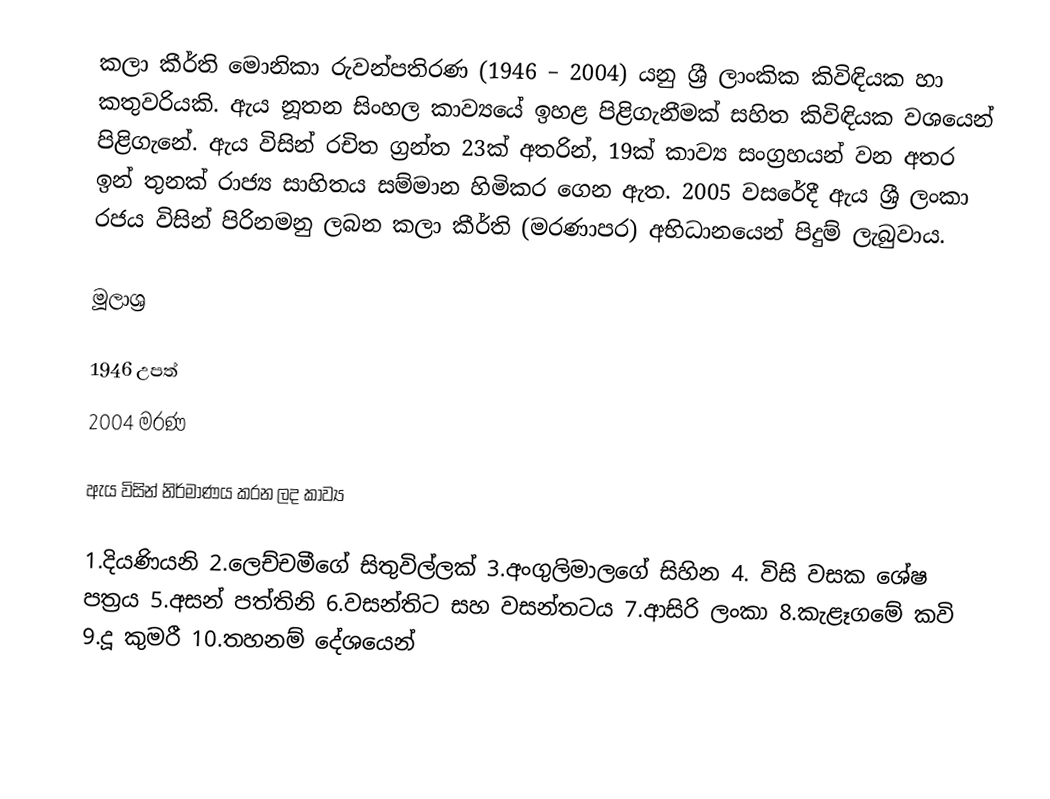
කලා කීර්ති මොනිකා රුවන්පතිරණ (1946 – 2004) යනු ශ්‍රී ලාංකික කිවිඳියක හා කතුවරියකි. ඇය නූතන සිංහල කාව්‍යයේ ඉහළ පිළිගැනීමක් සහිත කිවිඳියක වශයෙන් පිළිගැනේ. ඇය විසින් රචිත ග්‍රන්ත 23ක් අතරින්, 19ක් කාව්‍ය සංග්‍රහයන් වන අතර ඉන් තුනක් රාජ්‍ය සාහිතය සම්මාන හිමිකර ගෙන ඇත. 2005 වසරේදී ඇය ශ්‍රී ලංකා රජය විසින් පිරිනමනු ලබන කලා කීර්ති (මරණාපර) අභිධානයෙන් පිදුම් ලැබුවාය.

මූලාශ්‍ර

1946 උපත්
2004 මරණ

ඇය විසින් නිර්මාණය කරන ලද කාව්‍ය

1.දියණියනි 2.ලෙච්චමීගේ සිතුවිල්ලක් 3.අංගුලිමාලගේ සිහින 4. විසි වසක ශේෂ පත්‍රය 5.අසන් පත්තිනි 6.වසන්තිට සහ වසන්තටය 7.ආසිරි ලංකා 8.කැළෑගමේ කවි 9.දූ කුමරී 10.තහනම් දේශයෙන්